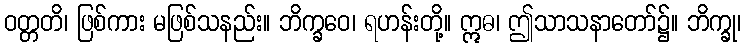
ဝတ္တတိ၊ ဖြစ်ကား မဖြစ်သနည်း။ ဘိက္ခဝေ၊ ရဟန်းတို့။ ဣဓ၊ ဤသာသနာတော်၌။ ဘိက္ခု၊